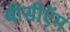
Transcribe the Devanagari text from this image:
बीसीऍम